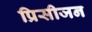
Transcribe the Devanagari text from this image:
प्रिसीजन